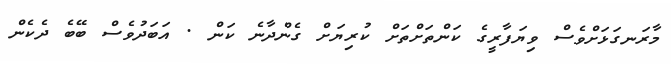
މާރަނގަޅަށްވެސް ވިޔަފާރީގެ ކަންތަށްތަށް ކުރިޔަށް ގެންދާނެ ކަން . އަބަދުވެސް ބޭބެ ދެކެން